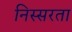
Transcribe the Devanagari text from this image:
निस्सरता